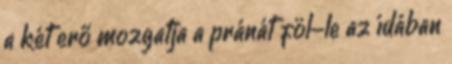
a két erő mozgatja a pránát föl-le az ídában